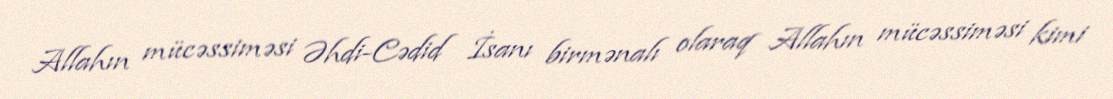
Allahın mücəssiməsi Əhdi-Cədid İsanı birmənalı olaraq Allahın mücəssiməsi kimi